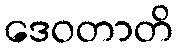
ဒေဝတာတိ